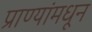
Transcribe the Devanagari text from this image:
प्राण्यांमधून